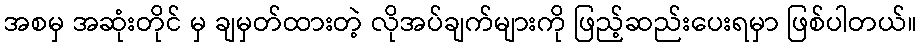
အစမှ အဆုံးတိုင် မှ ချမှတ်ထားတဲ့ လိုအပ်ချက်များကို ဖြည့်ဆည်းပေးရမှာ ဖြစ်ပါတယ်။